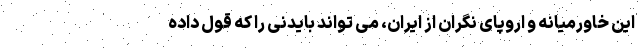
این خاورمیانه و اروپای نگران از ایران، می تواند بایدنی را که قول داده